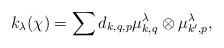
LaTeX: \begin{align*}k_\lambda(\chi)=\sum d_{k,q,p}\mu_{k,q}^\lambda\otimes\mu_{k',p}^\lambda,\end{align*}